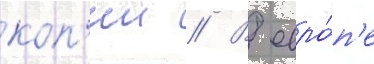
коп'ии // В евро́п'е